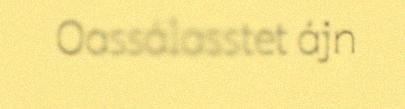
Oassálasstet ájn